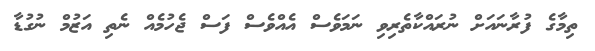
ތިމާގެ ފުރާނައަށް ނުރައްކާތެރިވި ނަމަވެސް އެއްވެސް ފަސް ޖެހުމެއް ނެތި އަޒުމް ނުގުޑާ